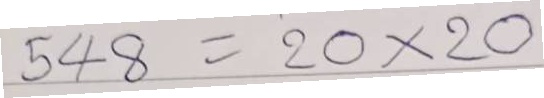
548 = 20x20